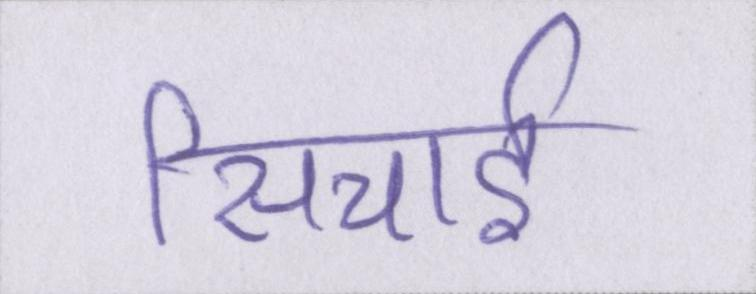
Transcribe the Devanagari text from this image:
सिचाई